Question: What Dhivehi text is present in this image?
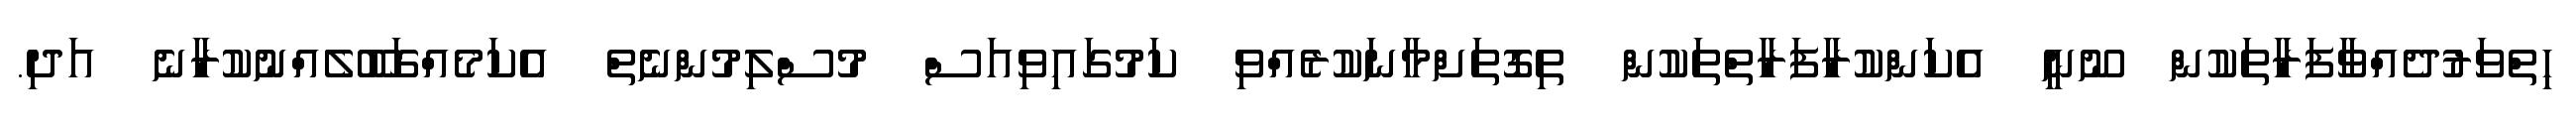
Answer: ހިތްވަރުދެއްވާފަރާތަކުން ނޫނީ އެކަންކުރާފަރާތްތަކުން ތިގޮތަށްމާނަކުރެއްވި ކަމުގައިވިއަސް މުސްލިމުންނެތް އެކަމެއްގަބޫލެއްނުކުރާނެ އަދި.